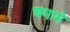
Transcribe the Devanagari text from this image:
चमामे